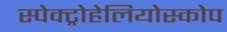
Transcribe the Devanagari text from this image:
स्पेक्ट्रोहेलियोस्कोप